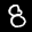
Label: 8